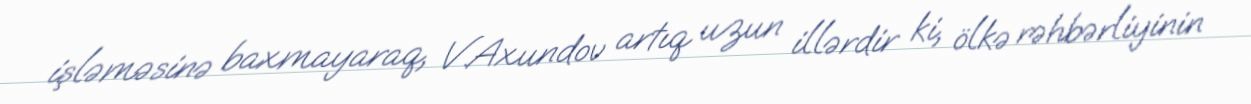
işləməsinə baxmayaraq, V.Axundov artıq uzun illərdir ki, ölkə rəhbərliyinin